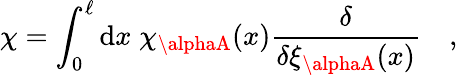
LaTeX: \chi=\int_{0}^{\ell}\mathrm{d}x\; \chi_{\alphaA}(x){\frac{{\delta}}{{\delta\xi_{\alphaA}(x)}}}\quad,